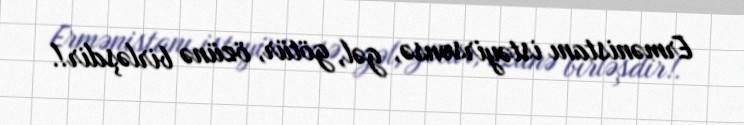
Ermənistanı istəyirsənsə, gəl, götür, özünə birləşdir!.